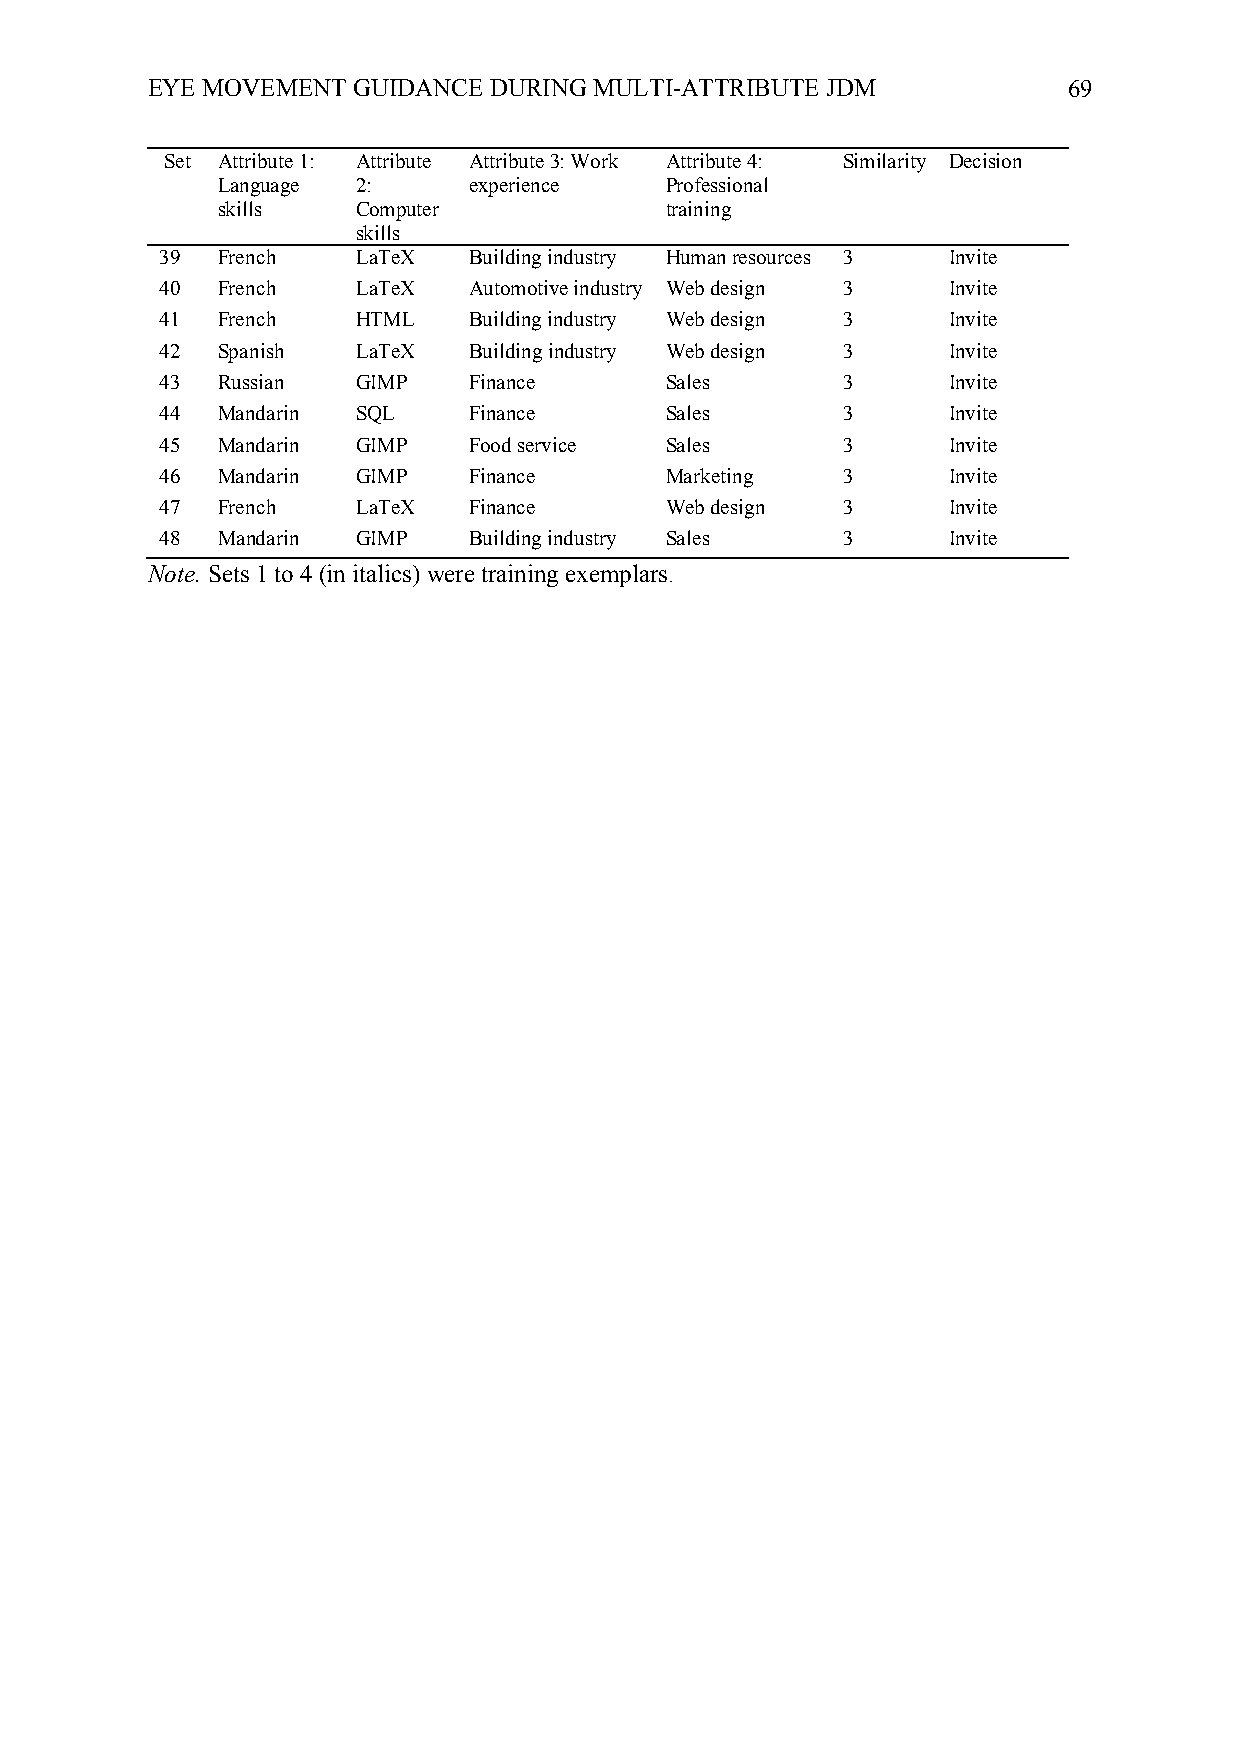
EYE MOVEMENT GUIDANCE DURING MULTI-ATTRIBUTE JDM             69
 Set Attribute 1: Attribute Attribute 3: Work Attribute 4: Similarity Decision
 Language  2:     experience   Professional
 skills    Computer            training
 skills
 39 French    LaTeX  Building industry Human resources 3 Invite
 40 French    LaTeX  Automotive industry Web design 3 Invite
 41 French    HTML   Building industry Web design 3  Invite
 42 Spanish   LaTeX  Building industry Web design 3  Invite
 43 Russian   GIMP   Finance      Sales       3      Invite
 44 Mandarin  SQL    Finance      Sales       3      Invite
 45 Mandarin  GIMP   Food service Sales       3      Invite
 46 Mandarin  GIMP   Finance      Marketing   3      Invite
 47 French    LaTeX  Finance      Web design  3      Invite
 48 Mandarin  GIMP   Building industry Sales  3      Invite
 Note. Sets 1 to 4 (in italics) were training exemplars.